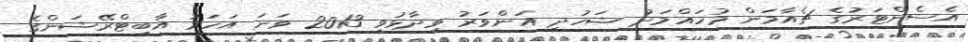
އެސެންޓަރުގެ ޗެއާމަން މުހައްމަދު ޝަހުދީ އަންވަރު ވިދާޅުވީ 2013 ވަނަ އަހަރު އާބިޓްރޭޝަންގެ